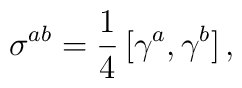
\sigma^{ab}=\frac{1}{4}\,[\gamma^a,\gamma^b]\,{,}